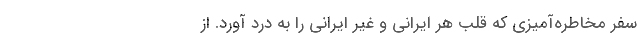
سفر مخاطره‌آمیزی که قلب هر ایرانی و غیر ایرانی را به درد آورد. از